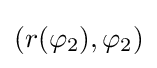
(r(\varphi _{2}),\varphi _{2})